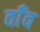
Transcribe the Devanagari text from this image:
वाँव